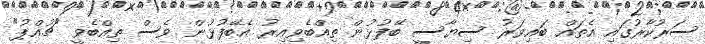
ސަރުކާރުގައި އެތައް ބައިވަރު ސިޔާސީ ބޭފުޅުން ތިއްބެވިއިރު އެބޭފުޅުން ވެސް ތިއްބެވީ "ޗުއްޕު"